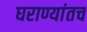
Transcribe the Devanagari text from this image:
घराण्यांतच